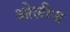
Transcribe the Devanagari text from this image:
ओलीज